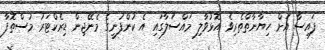
ފައިސާ އަށް ހިޔާނާތްތެރިވެ އޮޅުވާލި މައްސަލާގައި އެ ކުންފުނީގެ މެނޭޖިން ޑިރެކްޓަރު މުސްތޮފާ